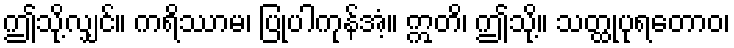
ဤသို့လျှင်။ ကရိဿာမ၊ ပြုပါကုန်အံ့။ ဣတိ၊ ဤသို့။ သတ္ထုပုရတောဝ၊